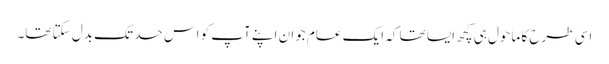
اسی طرح کا ماحول ہی کچھ ایسا تھا کہ ایک عام جوان اپنے آپ کو اس حد تک بدل سکتا تھا۔